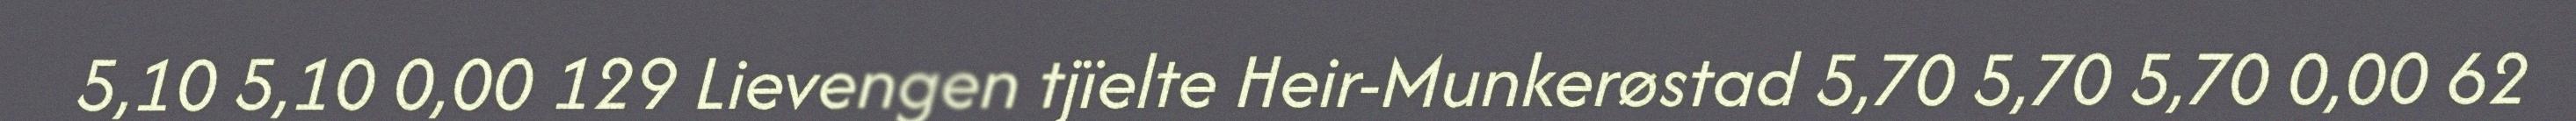
5,10 5,10 0,00 129 Lievengen tjïelte Heir-Munkerøstad 5,70 5,70 5,70 0,00 62